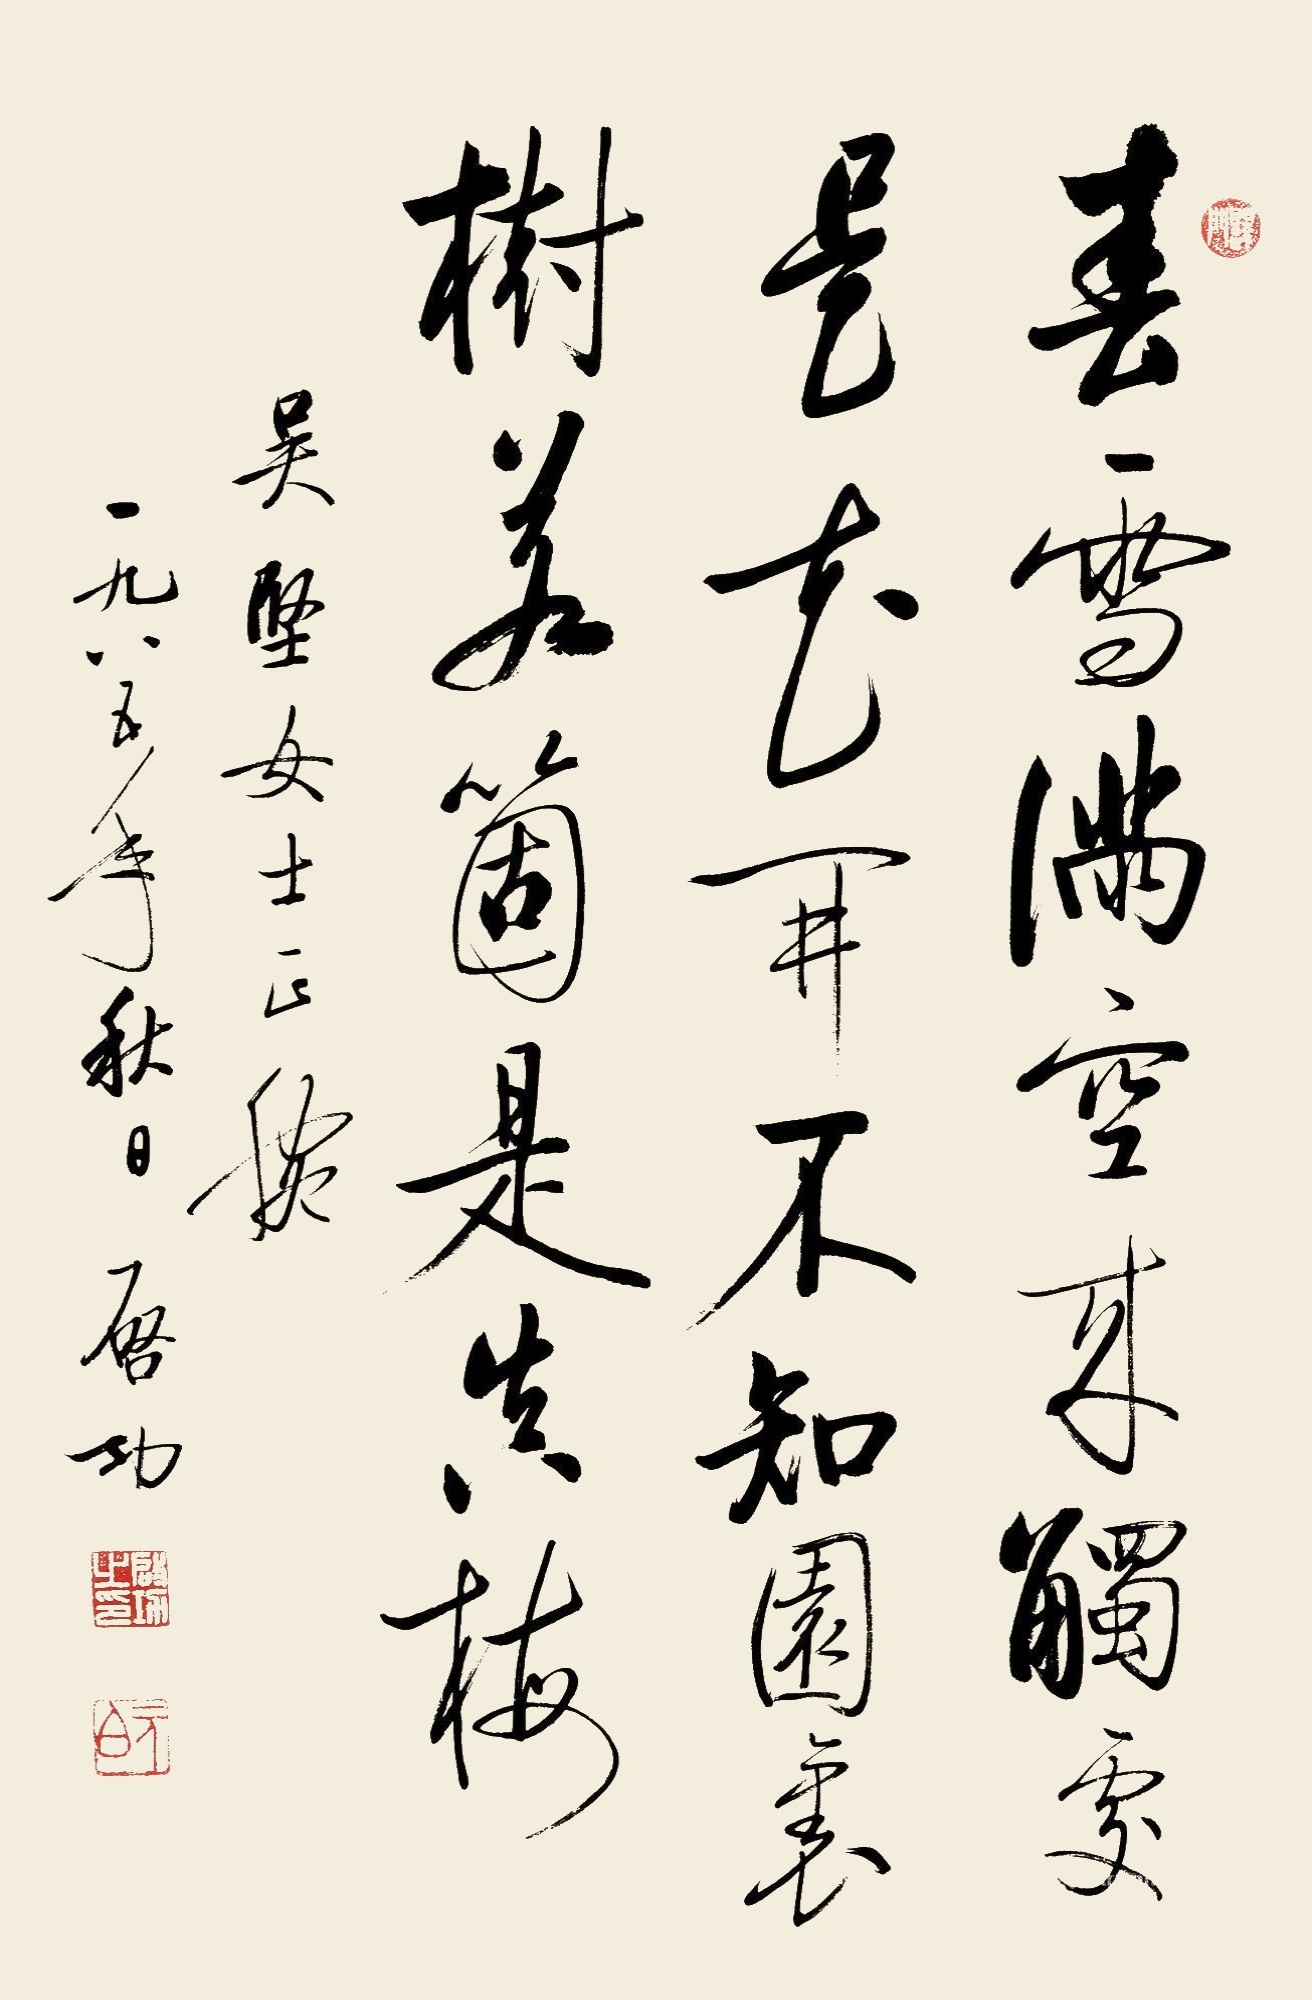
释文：春雪满空来 触处是花开 不知园里树 若个是真梅 吴坚女士正腕 一九八五年秋日 启功